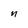
Character: n